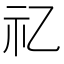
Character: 𥘆